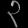
Digit: ၃